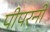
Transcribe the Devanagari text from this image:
पीपरनी